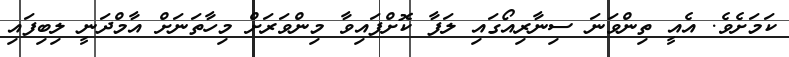
ކަމަށެވެ. އެއީ ތިންވަނަ ސިނާރިއޯގައި ލަފާ ކޮށްފައިވާ މިންވަރަށް މިހާތަނަށް އާމްދަނީ ލިބިފައި